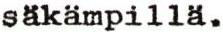
säkämpillä.